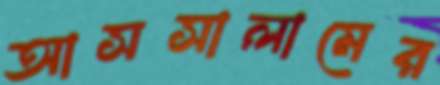
আসসালামের